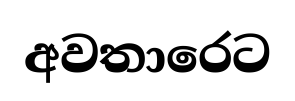
අවතාරෙට